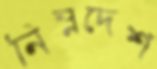
নিম্নদেশ